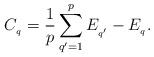
LaTeX: \begin{align*}C_{_{q}}=\frac{1}{p}\sum_{q^{\prime}=1}^{p}E_{_{q^{\prime}}}-E_{_{q}}.\end{align*}